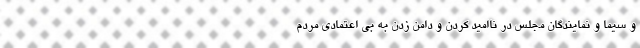
و سیما و نمایندگان مجلس در ناامید کردن و دامن زدن به بی اعتمادی مردم